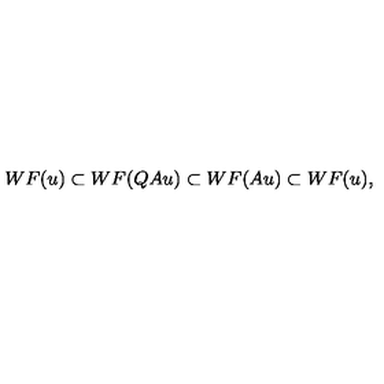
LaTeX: W F ( u ) \subset W F ( Q A u ) \subset W F ( A u ) \subset W F ( u ) ,